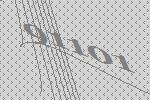
91101